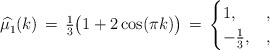
\begin{align*} \widehat{\mu^{}_1} (k) \, = \, \tfrac{1}{3} \bigl( 1 + 2 \cos (\pi k) \bigr) \, = \, \begin{cases} 1, & , \\ - \frac{1}{3}, & , \end{cases}\end{align*}